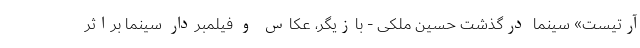
آرتیست» سینما درگذشت حسین ملکی - بازیگر، عکاس و فیلمبردار سینما براثر